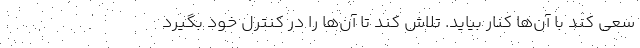
سعی کند با آن‌ها کنار بیاید. تلاش کند تا آن‌ها را در کنترل خود بگیرد